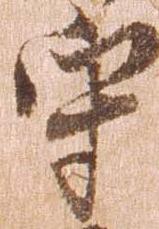
守